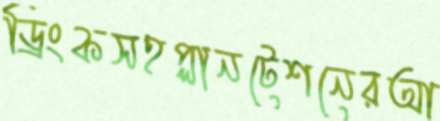
ড্রিংকসহপ্লানটেশনেরআ